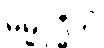
ဓမ္မဝုဒ္ဓီတိ